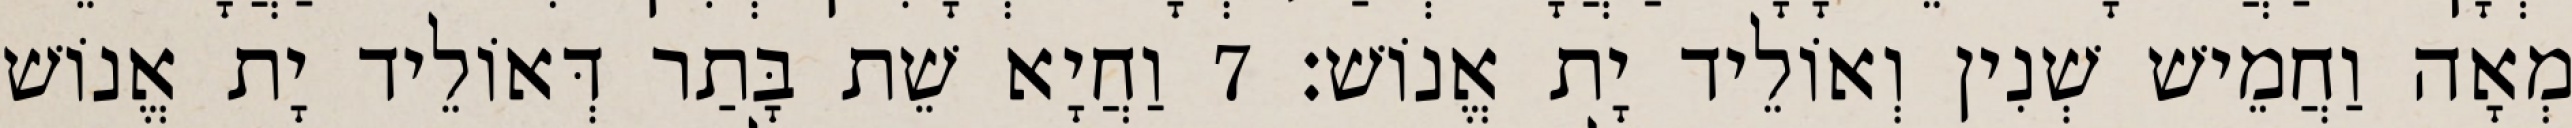
מְאָה וַחֲמֵישׁ שְׁנִין וְאוֹלֵיד יָת אֱנוֹשׁ׃ 7 וַחֲיָא שֵׁת בָּתַר דְּאוֹלֵיד יָת אֱנוֹשׁ